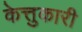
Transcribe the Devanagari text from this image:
केत्तुकारी